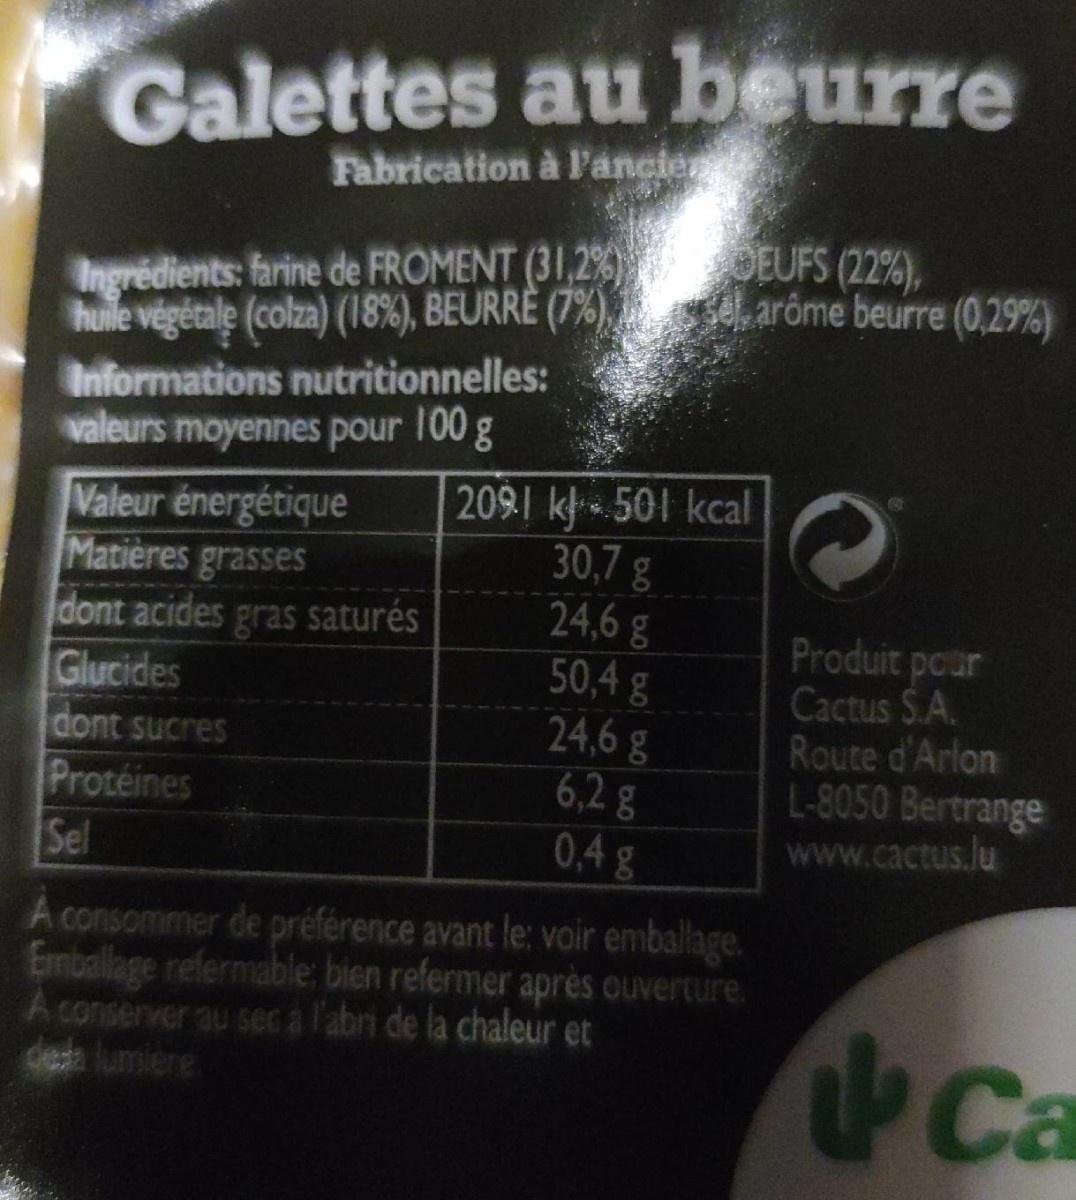
Galettes au beurre
Fabrication à l'ancie
DEUFS (22%),
Ingrédients: farine de FROMENT (31,2%) huile végétale (colza) (18%), BEURRE (7%), arôme beurre (0,29%)
Informations nutritionnelles: valeurs moyennes pour 100 g
2091 k. 501 kcal 30,7g
Valeur énergétique Matières grasses dont acides gras saturés Glucides dont sucres Protéines Sel
24,6 g 50,4 g 24,6 g 6,2 g
Produit pcur Cactus S.A. Route d'Arlon L-8050 Bertrange www.cactus.lu
0,4 g
A consommer de préférence avant le: voir emballage. Emballage refermable; bien refermer après ouverture. A conserver au sec a l'abri de la chaleur et dea lumiere
Ca